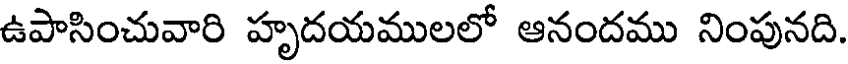
ఉపాసించువారి హృదయములలో ఆనందము నింపునది.